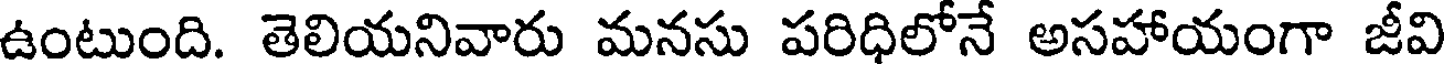
ఉంటుంది. తెలియనివారు మనసు పరిధిలోనే అసహాయంగా జీవి